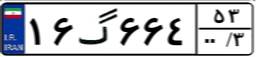
۷۰گ۶۹۷۳۵